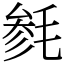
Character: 毵